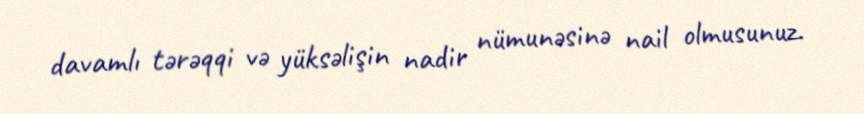
davamlı tərəqqi və yüksəlişin nadir nümunəsinə nail olmusunuz.